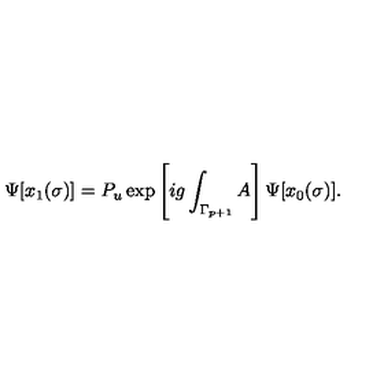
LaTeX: \Psi [ x _ { 1 } ( \sigma ) ] = P _ { u } \exp \left[ i g \int _ { \Gamma _ { p + 1 } } A \right] \Psi [ x _ { 0 } ( \sigma ) ] .